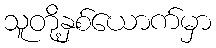
သူတို့နှစ်ယောက်မှာ